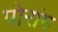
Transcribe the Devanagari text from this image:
पोरांग